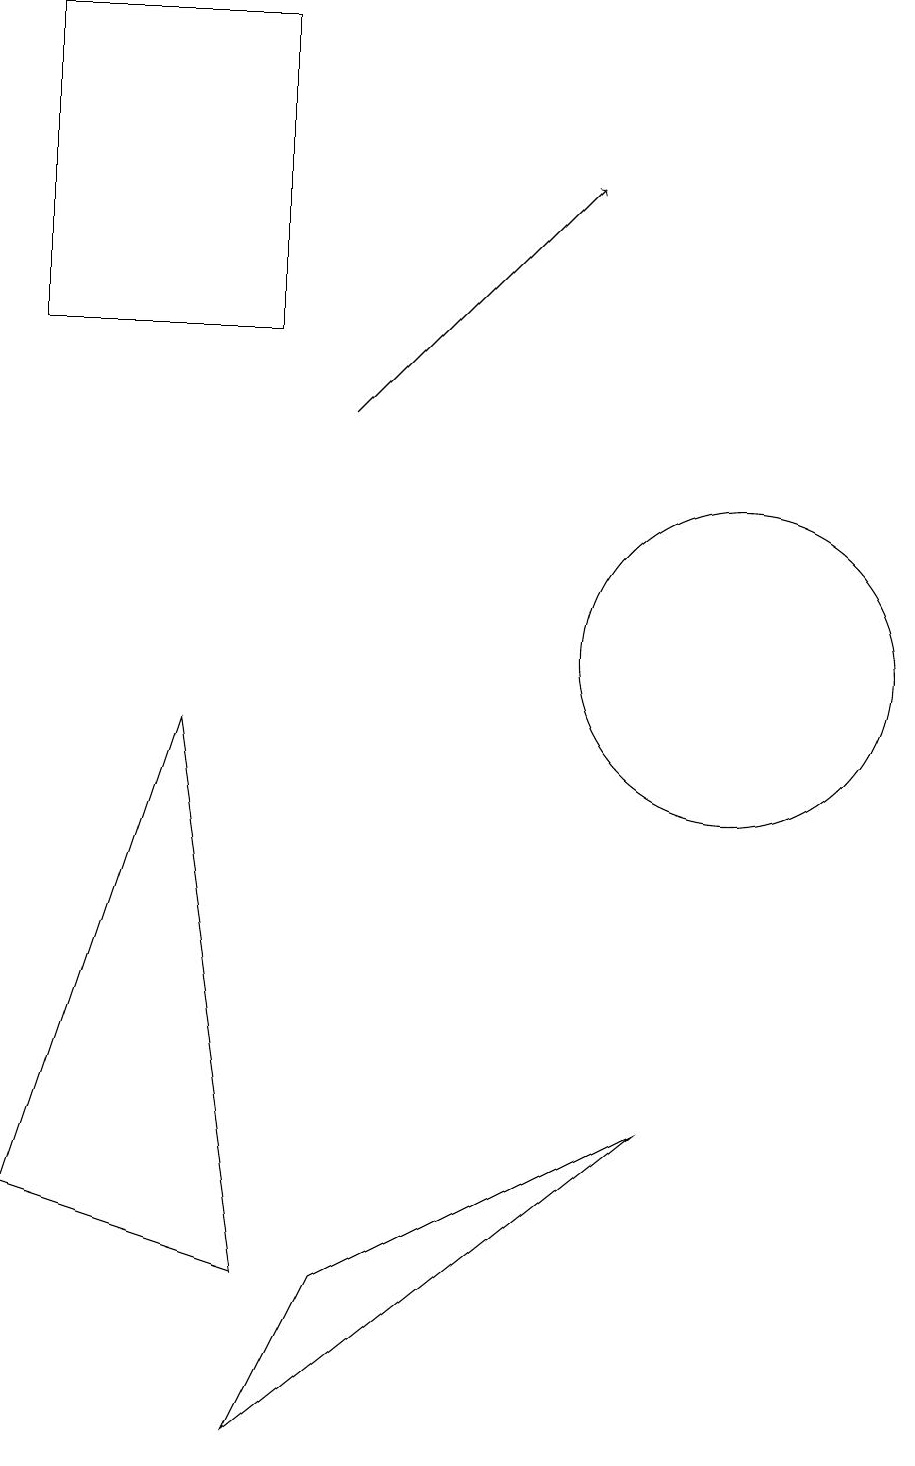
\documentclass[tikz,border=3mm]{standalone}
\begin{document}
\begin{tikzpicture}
\draw (10,10) circle (2);
\draw[->] (5,13) -- (8,16);
\draw (1,14) rectangle (4,18);
\draw (5,2) -- (4,0) -- (9,4) -- cycle;
\draw (1,3) -- (4,2) -- (3,9) -- cycle;
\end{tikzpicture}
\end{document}